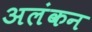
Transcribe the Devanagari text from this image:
अलंकन